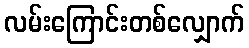
လမ်းကြောင်းတစ်လျှောက်